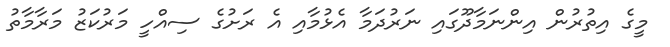
މީގެ އިތުރުން އިންނަމާދޫގައި ނަރުދަމާ އެޅުމާއި އެ ރަށުގެ ސިއްހީ މަރުކަޒު މަރާމާތު